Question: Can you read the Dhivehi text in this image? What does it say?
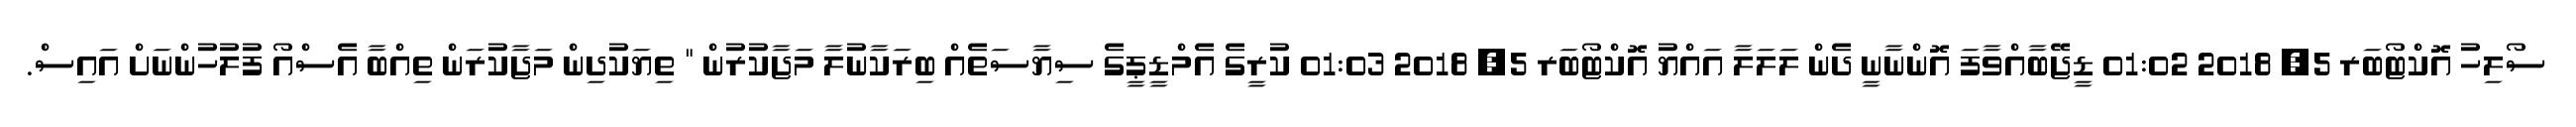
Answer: ސޯލިހު އޮކްޓޯބަރ 5, 2018 01:02 ޑީޖޭބާއްވާފަ އޮންނާނީ ދެން ލަލަލާ އައްޔު އޮކްޓޯބަރ 5, 2018 01:03 ކުރީގެ އެމްޑީޕީގެ ސިޔާސަތެއް ބިރަކާނުލާ މަޖާކުރުން " ތިޔަކުދިން މަޖާކުރަން ތިއްބާ އެސްއޯ ފުލުހުންނަށް އައިސް.